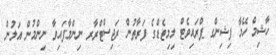
ހާޝިމް ހޭމާ ފިޝިންގ ޕްރައިވެޓް ލިމިޓެޑްގެ ފަރާތުން ރަޖިސްޓްރާރ ނިންމާފައިވާ ނިންމުން އަލުން